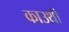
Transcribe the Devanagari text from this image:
काउथी